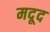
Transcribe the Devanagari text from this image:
मदूद